Calcutta medical institutions reports 1892-1900
Year: 1892
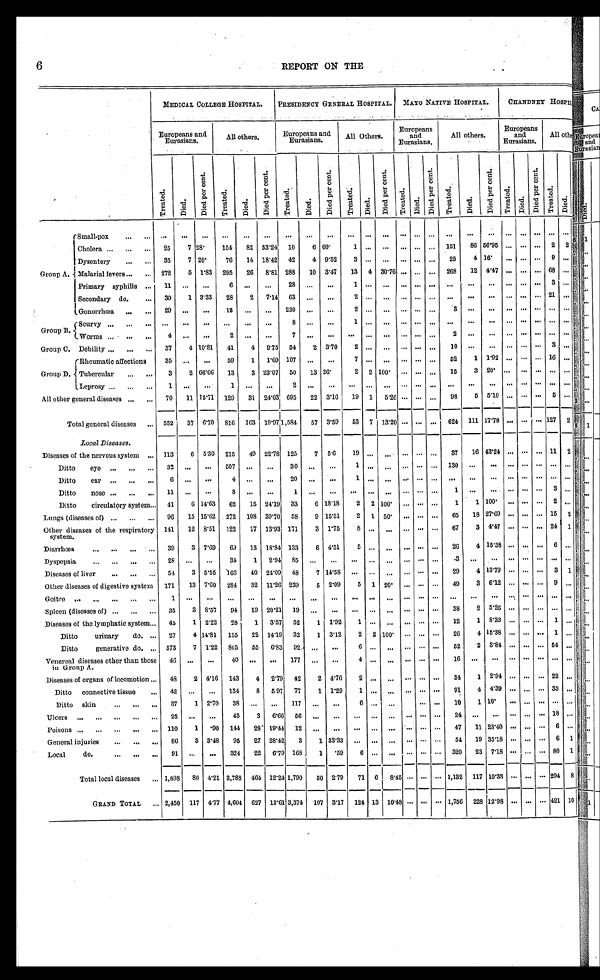
6
REPORT ON THE
MEDICAL COLLEGE HOSPITAL.
PRESIDENCY GENERAL HOSPITAL.
MAYO NATIVE HOSPITAL.
CIIANDNEY HOSPITAL.
Europeans and
Eurasians.
All others.
Europeans and
Eurasians.
All Others.
Europeans
and
Eurasians.
All others.
Europeans
and
Eurasians.
All others.
T r e a t e d .
D i e d .
Di e d Pe r c e n t .
T r e a t e d .
D i e d . Di e d Pe r c e n t .
T r e a t e d .
D i e d .
D i e d P e r c e n t .
T r e a t e d .
D i e d .
D i e d P e r c e n t .
Treat ed.
D i e d .
D i e d P e r c e n t .
T r e a t e d .
D i e d .
Di e d Pe r c e n t .
Treated.
D i e d .
D i e d P e r c e n t .
T r e a t e d .
D i e d .
Group A.
Small-Pox . . .
. . .
. . . . . .
. . .
. . . . . .
. . .
. . .
. . .
. . .
. . .
. . . . . .
. . .
. . . . . .
. . . . . .
. . .
. . .
. . .
. . .
. . .
Cholera . . .
25
7 28.
154
82
53.24
10
6 60.
1
. . .
. . .
. . .
. . .
. . . 151
86 56.95 . . .
. . .
. . .
2
2
Dysentery . . .
35
7 20.
76
14 18.42
42
4
9.52
3
. . .
. . .
. . .
. . .
. . .
25
4 16.
. . .
. . .
. . . 9
. . .
Malarial fevers . . .
272
5 1.83
295
26
8.81 288
10
3.47
13
4 30.76 . . .
. . .
. . . 268
12
4.47 . . .
. . .
. . . 68
. . .
Primary syphilis . . .
11
. . .
. . .
6
. . .
. . .
28
. . .
. . .
1
. . .
. . .. . .
. . .
. . . . . .
. . .
. . . . . .
. . .
. . .
3
. . .
Secondary do. . . .
30
1 3.33
28
2
7.14
63
. . .
. . .
2
. . .
. . . . . .
. . .
. . . . . .
. . .
. . .. . .
. . .
. . .
2 1
. . .
G o n o r r h œ a . . .
29
. . . . . .
1 2
. . . . . .
230
. . .
. . .
2
. . .
. . . . . .
. . .
. . . 3
. . .
. . . . . .
. . .
. . .
. . .
. . .
Group B.
Scurvy . . .
. . .
. . .
. . .
. . .
. . .
. . .
8
. . .
. . .
1
. . .
. . . . . .
. . .
. . .
. . .
. . .
. . . . . .
. . .
. . .
. . .
. . .
Worms . . .
4
. . .
. . .
2
. . .
. . .
7
. . .
. . .
. . .
. . .
. . . . . .
. . .
. . . 2
. . .
. . . . . .
. . .
. . .
. . .
. . .
Group C. Debility . . .
37
4 10.81
41
4
9.75
54
2
3.70
2
. . .
. . .
. . .
. . .
. . .
1 0
. . .
. . . . . .
. . .
. . .
3
. . .
Group D.
Rheumatic affections
35
. . .
. . .
59
1
1.69 107
. . .
. . .
7
. . .
. . .
. . .
. . .
. . .
52
1
1.92 . . .
. . .
. . . 16
. . .
Tubercular
. . .
3
2 66.66
13
3 23.07
50
13 26.
2
2 100.
. . .
. . .
. . .
15
3 20. . . .
. . .
. . .
. . .
. . .
Leprosy . . .
1
. . .
. . .
1
. . .
. . .
2
. . .
. . .
. . .
. . .
. . . . . .
. . .
. . .
. . .
. . . . . .
. . .
. . .
. . .
. . .
. . .
All other general diseases . . . 70
11 15.71
129
3 1 24.03 695
22
3.16
19
1
5.26 . . .
. . .
. . .
98
5
5.10 . . .
. . .
. . .
5
. . .
Total general diseases . . . 552
37 6.70
816
163 19.97 1,584
57
3.59
53
7
13.20 . . .
. . .
. . . 624
111 17.78 . . .
. . . . . .
1 2 7 2
Local Diseases.
Diseases of the nervous system . . . 113
6
5.30 215
49
22.78 125
7
5.6
19 . . .
. . .
. . .
. . .
. . .
37
16 43.24
. . .
. . .
. . . 11
2
Ditto eye . . . 32
. . .
. . .
507
. . .
. . .
30
. . .
. . .
1 . . .
. . .
. . .
. . .
. . .
1 3 0
. . . . . .
. . .
. . .
. . .
. . .
. . .
Ditto ear . . .
6
. . .
. . .
4
. . .
. . .
20
. . .
. . .
1 . . .
. . .
. . .
. . .
. . .
. . .
. . . . . .
. . .
. . .
. . .
. . .
. . .
Ditto nose . . . 11
. . .
. . .
8
. . .
. . .
1
. . .
. . .
. . . . . .
. . .
. . .
. . .
. . .
1
. . . . . .
. . .
. . .
. . .
3
. . .
Ditto circulatory system . . . 41
6 14.63
62
15 24.19
33
6 18.18
2
2 100.
. . .
. . .
. . .
1
1 100.
. . .
. . .
. . . 2
. . .
Lungs (diseases of . . . 96
15 15.62
2 7 2
108 39.70
58
9 15.51
2
1
50.
. . .
. . .
. . .
65
18 27.69
. . .
. . .
. . . 15
2
Other diseases of the respiratory
s y s t e m .
141
12 8.51
122
17 13.93 171
3 1.75
8 . . .
. . .
. . .
. . .
. . . 67
3 4.47
. . .
. . .
. . . 24
1
Diarrhœa . . .
39
3 7.69
69
13
18.84 133
6 4.51
5 . . .
. . .
. . .
. . .
. . .
26
4 15.38
. . .
. . .
. . . 6
. . .
D y s p e p s i a . . .
2 8
. . .
. . .
3 4
1
2 . 9 485
. . .
. . .
. . . . . .
. . .
. . .
. . .
. . .
. 3
. . . . . .
. . .
. . .
. . .
. . .
. . .
Diseases of liver . . . 54
3 5.55
166
40 24.09
48
7 14.58
. . .
. . .
. . .
. . .
. . .
. . .
29
4 13.79
. . .
. . .
. . . 3
1
Other diseases of digestive system 171
13 7.60
284
32 11.26 239
5
2.09
5
1
2 0 .
. . .
. . .
. . .
49
3
6.12
. . .
. . .
. . . 9
. . .
G oitre . . .
1
. . .
. . .
. . .
. . .
. . .
. . .
. . .
. . .
. . .
. . .
. . .
. . .
. . .
. . .
. . .
. . .
. . .
. . .
. . .
. . .
. . .
. . .
Spleen (diseases of) . . . 35
3 8.57
94
19 20.21 19
. . .
. . .
. . .
. . .
. . .
. . .
. . .
. . .
38
2 5.26
. . .
. . .
. . .
. . .
. . .
Diseases of the lymphatic system . . . 45
1
2.22
28
1
3.57
52
1
1.92
1 . . .
. . .
. . .
. . .
. . .
12
1
8.33
. . .
. . .
. . .
1
. . .
Ditto urinary do. . . . 27
4 14.81
155
22 14.19
32
1
3.12
2
2 100.
. . .
. . .
. . .
26
4 15.38
. . .
. . .
. . . 1
. . .
Ditto generative do. . . . 573
7 1.22
805
55
6.83
92
. . .
. . .
6 . . .
. . .
. . .
. . .
. . .
5 2
2 3.84
. . .
. . .
. . .
5 4
. . .
Venereal diseases other than those
in Group A.
46
. . .
. . .
40
. . .
. . .
177
. . .
. . .
4
. . .
. . .
. . .
. . .
. . .
1 6
. . .
. . .
. . .
. . .
. . .
. . .
. . .
Diseases of organs of locomotion . . . 48
2 4.16
143
4
2.79
42
2 4.76
2
. . .
. . .
. . .
. . .
. . .
3 4
1
2.94
. . .
. . .
. . . 22
. . .
Ditto connective tissue . . . 42
. . .
. . .
134
8
5 97
77
1 1.29
1 . . .
. . .
. . .
. . .
. . .
91
4 4.39
. . .
. . .
. . . 33
. . .
Ditto skin . . .
37
1 2.70
38
. . .
. . .
117
. . .
. . .
6 . . .
. . .
. . .
. . .
10
1 10.
. . .
. . .
. . .
. . .
. . .
Ulcers . . .
25
. . .
. . .
45
3
6.66
56
. . .
. . .
. . .
. . .
. . .
. . .
. . .
. . .
24
. . .
. . .
. . .
. . .
. . . 18
. . .
Poisons . . . 110
1
.90
144
28. 19.44
12
. . .
. . .
. . . . . .
. . .
. . .
. . .
. . .
47
11 23.40
. . .
. . .
. . . 6
. . .
General injuries . . .
86
3 3.48
95
27 28.42
3
1 33.33
. . . . . .
. . .
. . .
. . .
. . .
54
19 35.18
. . .
. . .
. . . 6
1
Local do. . . .
91
. . .
. . .
324
22
6.79 168
1
.59
6 . . .
. . .
. . .
. . .
. . . 320
23
7.18
. . .
. . .
. . . 80
1
Total local diseases . . . 1,898
80 4.21 3,788
464 12.24 1,790
50 2.79
71
6
8.45
. . .
. . .
. . . 1,132
117 10.33
. . .
. . .
. . . 294
8
GRAND TOTAL . . . 2,450
117 4.77 4,604
627 13.61 3,374
107
3.17
124 13 10.48
. . .
. . .
. . . 1,756
228 12.98
. . .
. . .
. . . 421 10